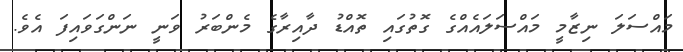
މައްސަލަ ނިޒާމީ މައްސަލައެއްގެ ގޮތުގައި ތޮއްޑު ދާއިރާގެ މެންބަރު ވަނީ ނަންގަވައިފަ އެވެ.